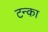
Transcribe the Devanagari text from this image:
टन्का